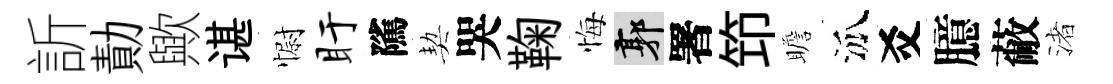
訢勣歟谌𢠢盱隲契哭鞠悔郭署笻瞻泒爻臆蔽渚